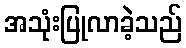
အသုံးပြုလာခဲ့သည်